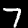
Label: 7